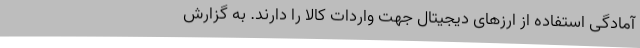
آمادگی استفاده از ارزهای دیجیتال جهت واردات کالا را دارند. به گزارش